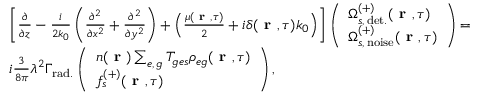
\begin{array} { r l } & { \left[ \frac { \partial } { \partial z } - \frac { i } { 2 k _ { 0 } } \left( \frac { \partial ^ { 2 } } { \partial x ^ { 2 } } + \frac { \partial ^ { 2 } } { \partial y ^ { 2 } } \right) + \left( \frac { \mu ( \textbf { r } , \tau ) } { 2 } + i \delta ( \textbf { r } , \tau ) k _ { 0 } \right) \right] \left( \begin{array} { l } { \Omega _ { s , \, \mathrm { d e t . } } ^ { ( + ) } ( \textbf { r } , \tau ) } \\ { \Omega _ { s , \, \mathrm { n o i s e } } ^ { ( + ) } ( \textbf { r } , \tau ) } \end{array} \right) = } \\ & { i \frac { 3 } { 8 \pi } \lambda ^ { 2 } \Gamma _ { \mathrm { r a d . } } \left( \begin{array} { l } { n ( \textbf { r } ) \sum _ { e , \, g } T _ { g e s } \rho _ { e g } ( \textbf { r } , \tau ) } \\ { f _ { s } ^ { ( + ) } ( \textbf { r } , \tau ) } \end{array} \right) , } \end{array}